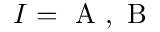
I = \mathrm { ~ A ~ } , \mathrm { ~ B ~ }